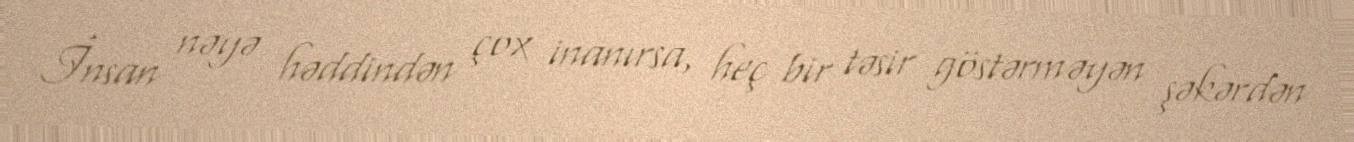
İnsan nəyə həddindən çox inanırsa, heç bir təsir göstərməyən şəkərdən